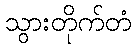
သွားတိုက်တံ